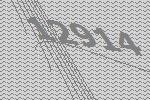
12914